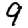
Digit: 9